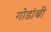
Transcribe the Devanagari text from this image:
गोडांबी